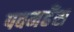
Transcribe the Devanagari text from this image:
पवनहँस